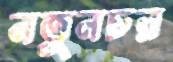
নতুনচর